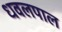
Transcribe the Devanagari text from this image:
धवलपाल